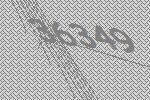
36349